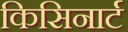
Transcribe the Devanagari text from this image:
किसिनार्ट